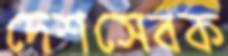
দেশসেবক